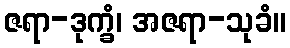
ဇရာ-ဒုက္ခံ၊ အဇရာ-သုခံ။